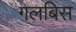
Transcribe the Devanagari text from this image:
गलबिस